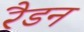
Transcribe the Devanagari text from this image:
रैडन